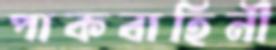
পাকবাহিনী